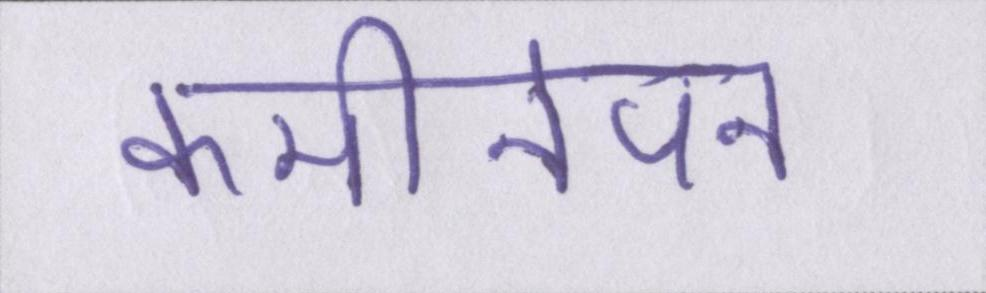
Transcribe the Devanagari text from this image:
कमीनेपन